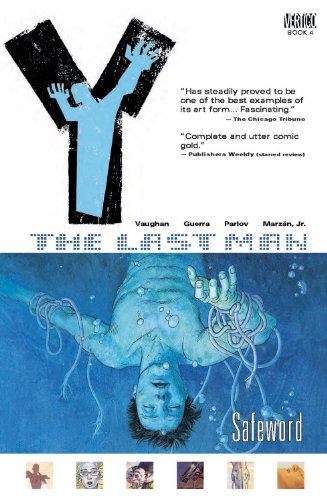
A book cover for Y: The Last Man, Vol. 4: Safeword; Brian K. Vaughan; Comics & Graphic Novels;